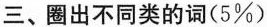
三、圈出不同类的词（5\%）